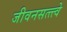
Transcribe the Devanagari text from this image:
जीवनसत्त्त्वे